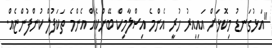
"އަޅުގަނޑު މިކޮޅަށް އައިއިރު ހުރީ އެންމެ އިސްލާމިކް ބޭންކެއް އެންމެ ތަކަފުލް ކުންފުންޏެއް.